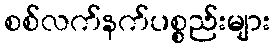
စစ်လက်နက်ပစ္စည်းများ